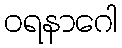
ဝရနာဂေါ